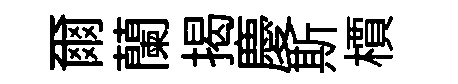
爾蘭揭慶斯檟